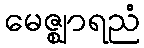
မေဇ္ဈာရညံ